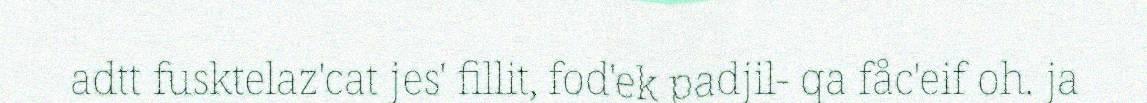
adtt fusktelaz'cat jes' fillit, fod'ek padjil- qa fåc'eif oh. ja